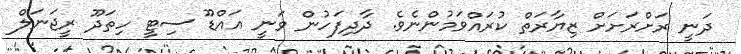
ދަނީ ރަށްރަށަށް ޒިޔާރަތް ކުރައްވަމުންނެވެ. ދާދިފަހުން ވަނީ އައްޑޫ ސިޓީ ހިތަދޫ ރީޖަނަލް